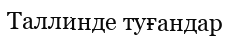
Таллинде туғандар